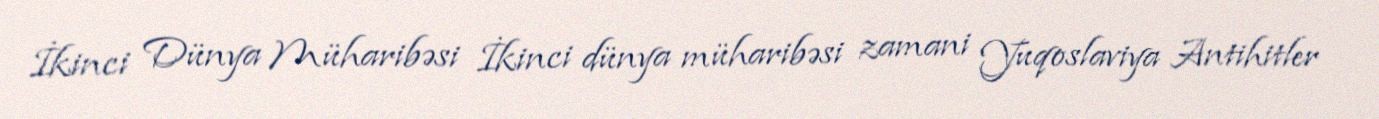
İkinci Dünya Müharibəsi İkinci dünya müharibəsi zamani Yuqoslaviya Antihitler